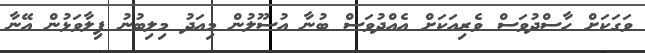
ވަގަކަށް ހާސްދުވަސް ވެރިއަކަށް އެއްދުވަސް ބުނާ އުސޫލުން މިއަދު މިލިބުނު ފިލާވަޅުން އޭނާ